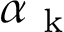
\alpha _ { \mathrm { ~ k ~ } }